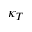
\kappa _ { T }